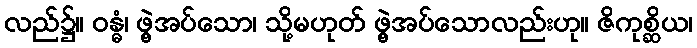
လည်၌။ ဝန္ဓံ၊ ဖွဲ့အပ်သော၊ သို့မဟုတ် ဖွဲ့အပ်သောလည်းဟု။ ဇိကုစ္ဆိယ၊